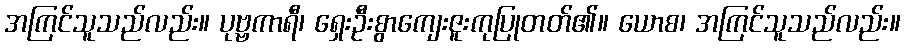
အကြင်သူသည်လည်း။ ပုဗ္ဗကာရီ၊ ရှေးဦးစွာကျေးဇူးကုပြုတတ်၏။ ယောစ၊ အကြင်သူသည်လည်း။